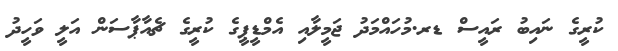
ކުރީގެ ނައިބު ރައީސް ޑރ.މުހައްމަދު ޖަމީލާއި އެމްޑީޕީގެ ކުރީގެ ޗެއާޕާސަން އަލީ ވަހީދު